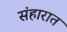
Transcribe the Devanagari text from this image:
संहारात